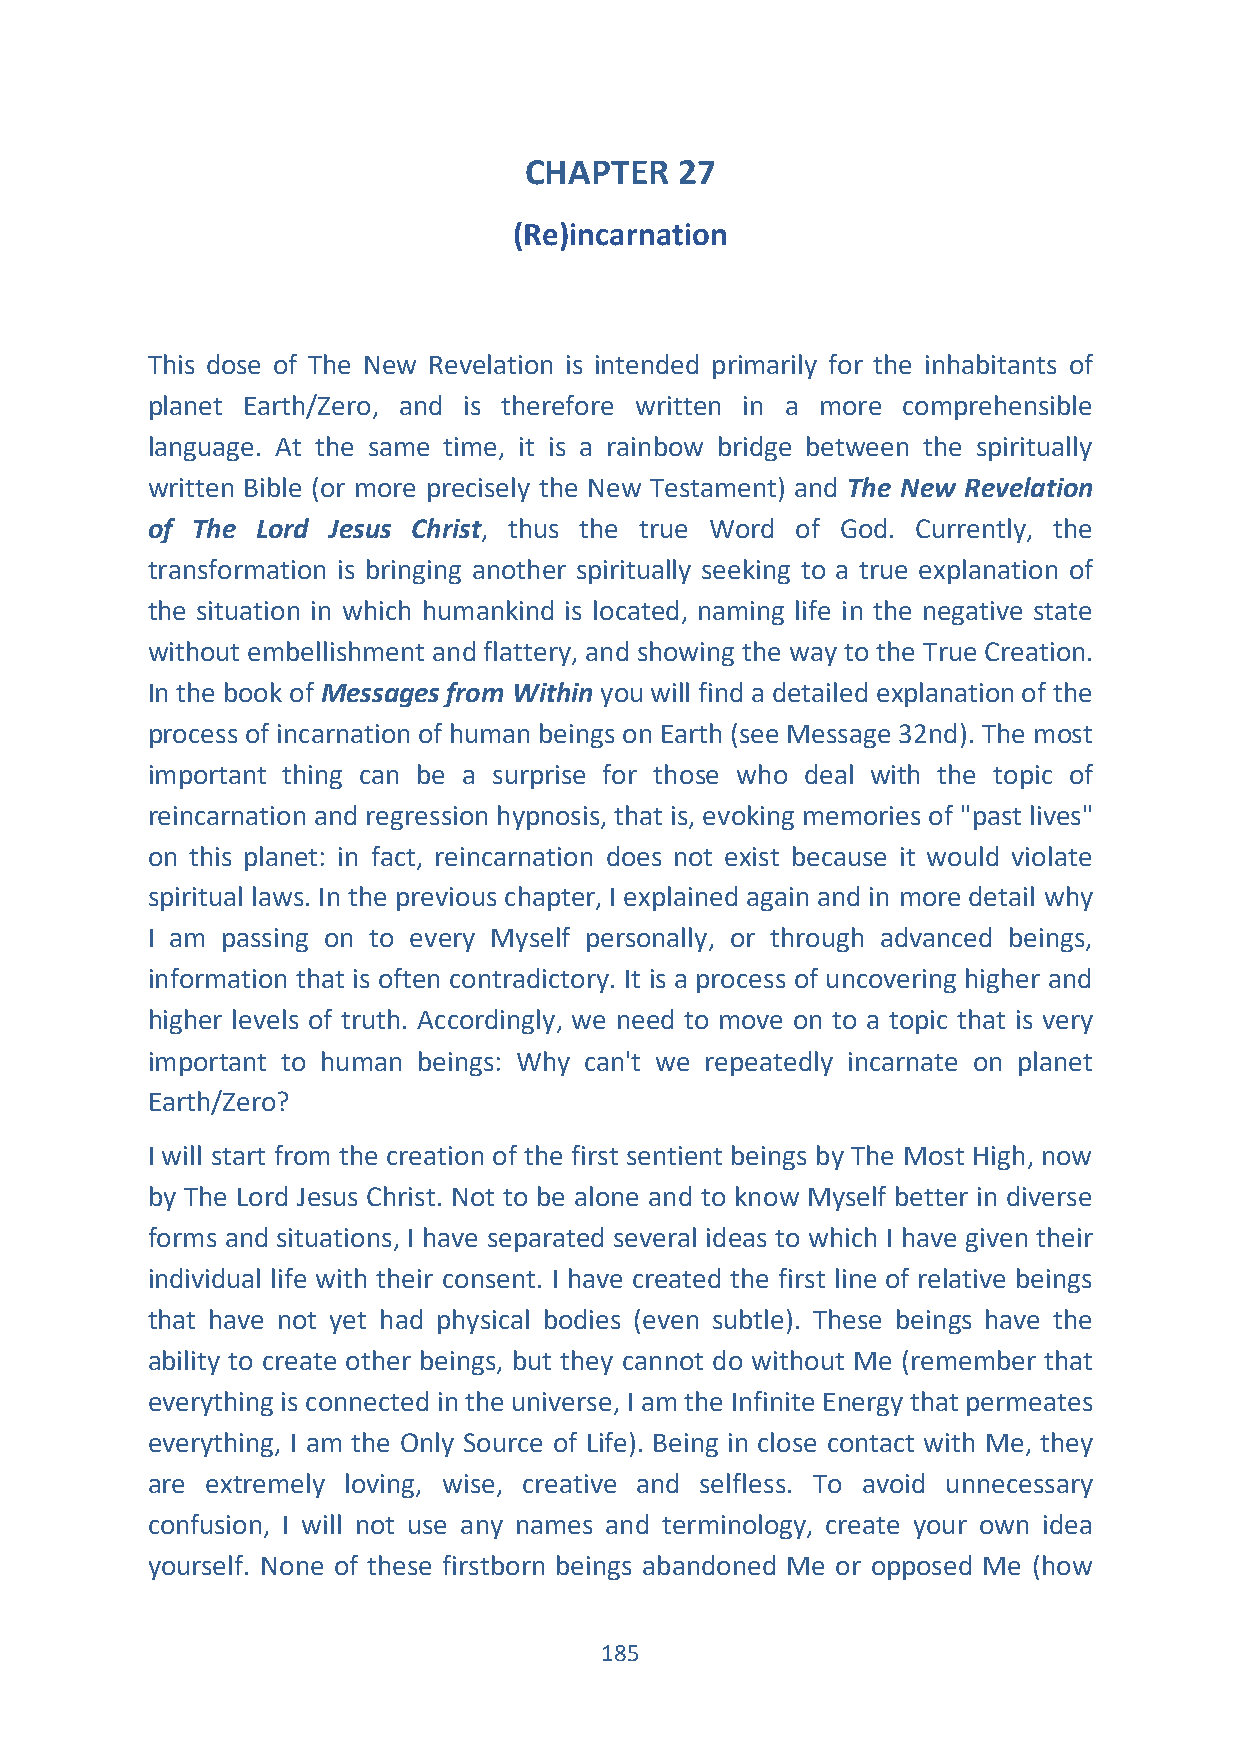
CHAPTER   27
 (Re)incarnation
 This dose of The New Revelation is intended primarily for the inhabitants of
 planet Earth/Zero, and is therefore written in a more comprehensible
 language. At the same time, it is a rainbow bridge between the spiritually
 written Bible (or more precisely the New Testament) and The New Revelation
 of The Lord Jesus Christ, thus the true Word of God. Currently, the
 transformation is bringing another spiritually seeking to a true explanation of
 the situation in which humankind is located, naming life in the negative state
 without embellishment and flattery, and showing the way to the True Creation.
 In the book of Messages from Within you will find a detailed explanation of the
 process of incarnation of human beings on Earth (see Message 32nd). The most
 important thing can be a surprise for those who deal with the topic of
 reincarnation and regression hypnosis, that is, evoking memories of "past lives"
 on this planet: in fact, reincarnation does not exist because it would violate
 spiritual laws. In the previous chapter, I explained again and in more detail why
 I am passing on to every Myself personally, or through advanced beings,
 information that is often contradictory. It is a process of uncovering higher and
 higher levels of truth. Accordingly, we need to move on to a topic that is very
 important to human beings: Why can't we repeatedly incarnate on planet
 Earth/Zero?
 I will start from the creation of the first sentient beings by The Most High, now
 by The Lord Jesus Christ. Not to be alone and to know Myself better in diverse
 forms and situations, I have separated several ideas to which I have given their
 individual life with their consent. I have created the first line of relative beings
 that have not yet had physical bodies (even subtle). These beings have the
 ability to create other beings, but they cannot do without Me (remember that
 everything is connected in the universe, I am the Infinite Energy that permeates
 everything, I am the Only Source of Life). Being in close contact with Me, they
 are extremely loving, wise, creative and selfless. To avoid unnecessary
 confusion, I will not use any names and terminology, create your own idea
 yourself. None of these firstborn beings abandoned Me or opposed Me (how
 185